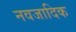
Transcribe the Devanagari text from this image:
नवजादिक